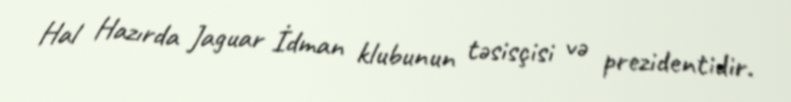
Hal Hazırda Jaguar İdman klubunun təsisçisi və prezidentidir.